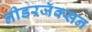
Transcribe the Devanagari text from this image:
नीडरजॅक्सन